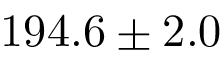
1 9 4 . 6 \pm 2 . 0